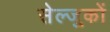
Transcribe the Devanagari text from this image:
सेल्जुकों